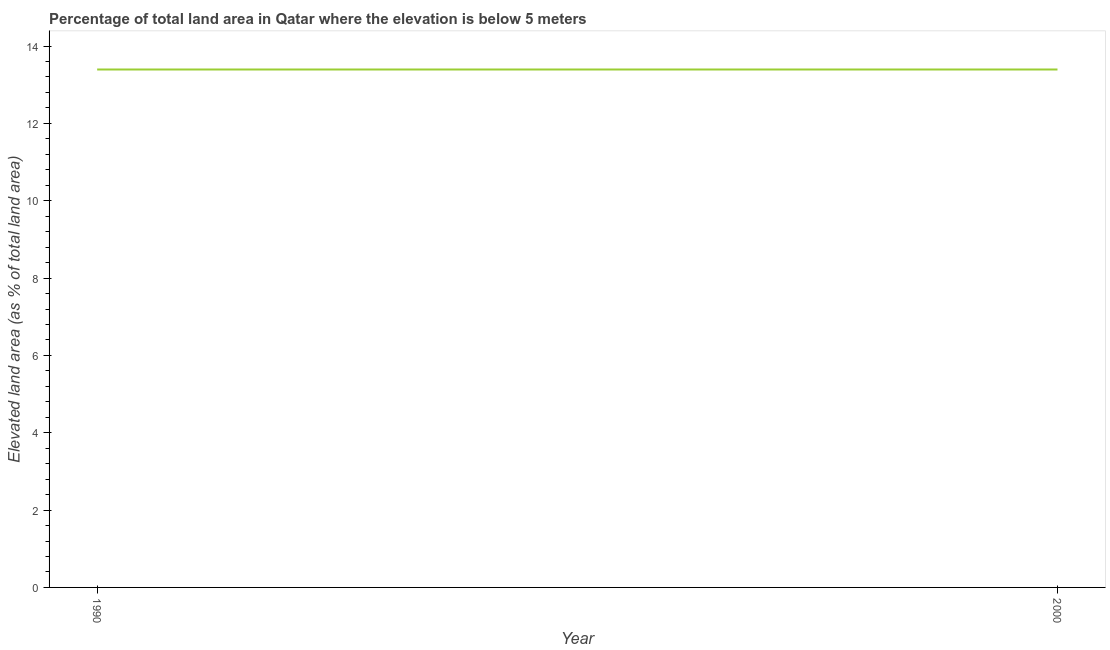
| Year | Land area |
 | --- | --- |
 | 1990 | 13.4 |
 | 2000 | 13.4 |